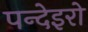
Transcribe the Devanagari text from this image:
पन्देइरो